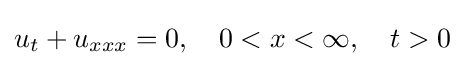
u_{t}+u_{xxx}=0,\quad 0<x<\infty ,\quad t>0